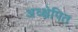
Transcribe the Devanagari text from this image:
अव्क्षेपित